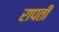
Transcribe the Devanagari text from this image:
रापती